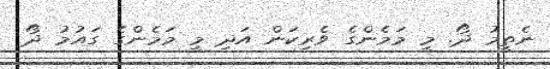
ނެތީމު ދޯ. މީ މަމެންގެ ވެރިކަން އަދި މީ މަމެންގެ ގައުމު ދޯ